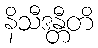
နိသီဒန္တီတိ